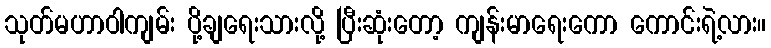
သုတ်မဟာဝါကျမ်း ပို့ချရေးသားလို့ ပြီးဆုံးတော့ ကျန်းမာရေးကော ကောင်းရဲ့လား။